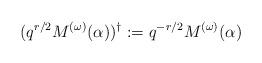
LaTeX: \begin{align*} (q^{r/2}M^{(\omega)}(\alpha))^\dagger := q^{-r/2}M^{(\omega)}(\alpha)\end{align*}